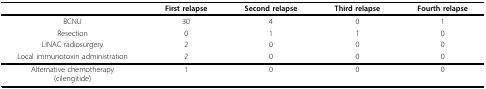
<table><thead><tr><td></td><td><b>First relapse</b></td><td><b>Second relapse</b></td><td><b>Third relapse</b></td><td><b>Fourth relapse</b></td></tr></thead><tbody><tr><td>BCNU</td><td>30</td><td>4</td><td>0</td><td>1</td></tr><tr><td>Resection</td><td>0</td><td>1</td><td>1</td><td>0</td></tr><tr><td>LINAC radiosurgery</td><td>2</td><td>0</td><td>0</td><td>0</td></tr><tr><td>Local immunotoxin administration</td><td>2</td><td>0</td><td>0</td><td>0</td></tr><tr><td>Alternative chemotherapy(cilengitide)</td><td>1</td><td>0</td><td>0</td><td>0</td></tr></tbody></table>